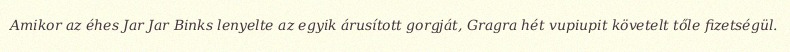
Amikor az éhes Jar Jar Binks lenyelte az egyik árusított gorgját, Gragra hét vupiupit követelt tőle fizetségül.